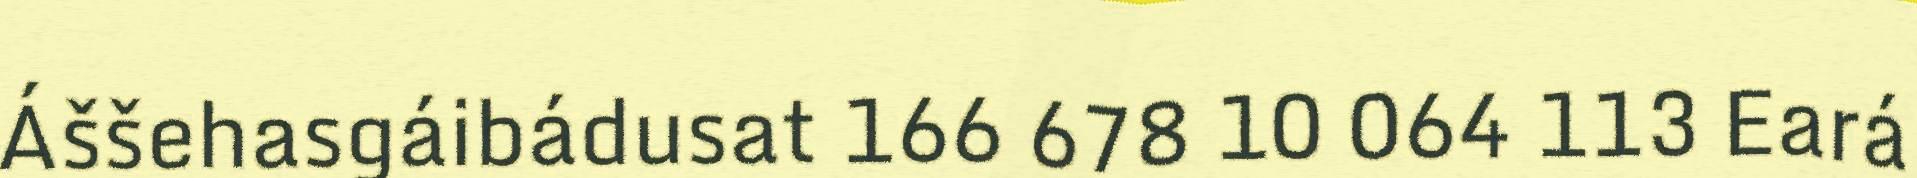
Áššehasgáibádusat 166 678 10 064 113 Eará